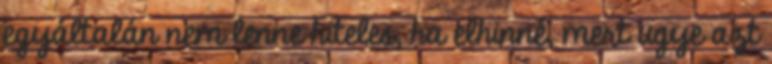
egyáltalán nem lenne hiteles, ha elhinné, mert ugye azt